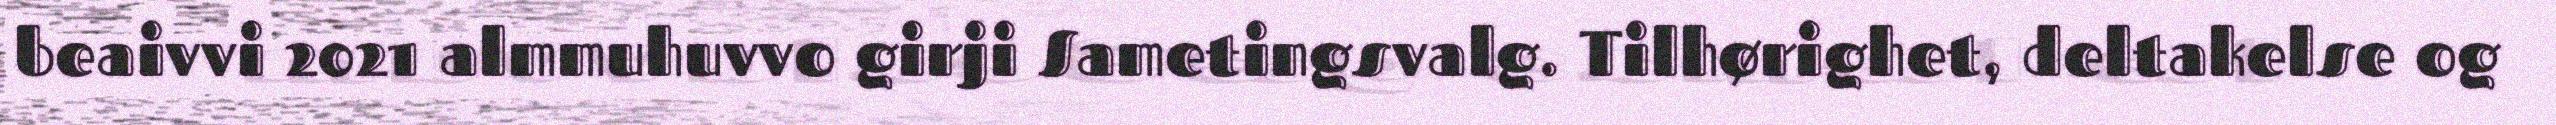
beaivvi 2021 almmuhuvvo girji Sametingsvalg. Tilhørighet, deltakelse og